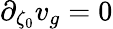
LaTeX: \partial_{\zeta_{0}}v_{g}=0